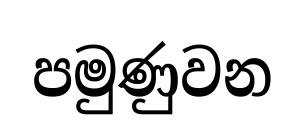
පමුණුවන